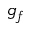
g _ { f }